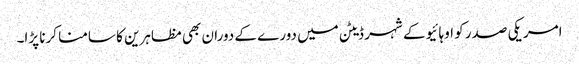
امریکی صدر کو اوہائیو کے شہر ڈیٹن میں دورے کے دوران بھی مظاہرین کا سامنا کرنا پڑا۔